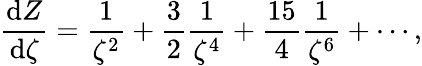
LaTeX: \frac{\mathrm{d}Z}{\mathrm{d}\zeta}=\frac{1}{\zeta^{2}}+\frac{3}{2}\frac{1}{\zeta^{4}}+\frac{15}{4}\frac{1}{\zeta^{6}}+\cdots,